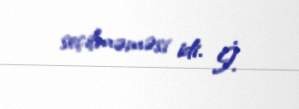
seçilməməsi idi. İ.